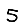
Digit: 5